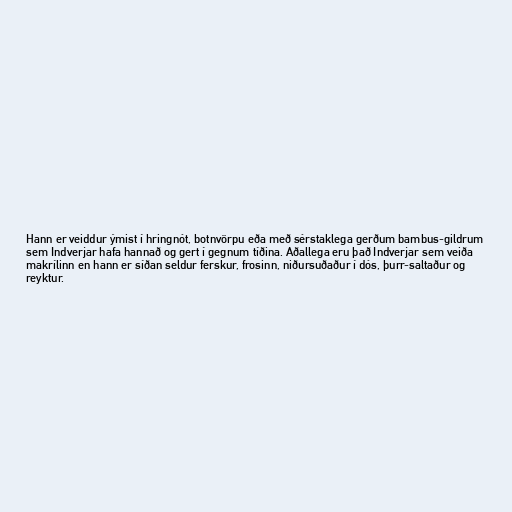
Hann er veiddur ýmist í hringnót, botnvörpu eða með sérstaklega gerðum bambus-gildrum
sem Indverjar hafa hannað og gert í gegnum tíðina. Aðallega eru það Indverjar sem veiða
makrílinn en hann er síðan seldur ferskur, frosinn, niðursuðaður í dós, þurr-saltaður og
reyktur.